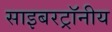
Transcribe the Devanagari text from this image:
साइबरट्राॅनीय